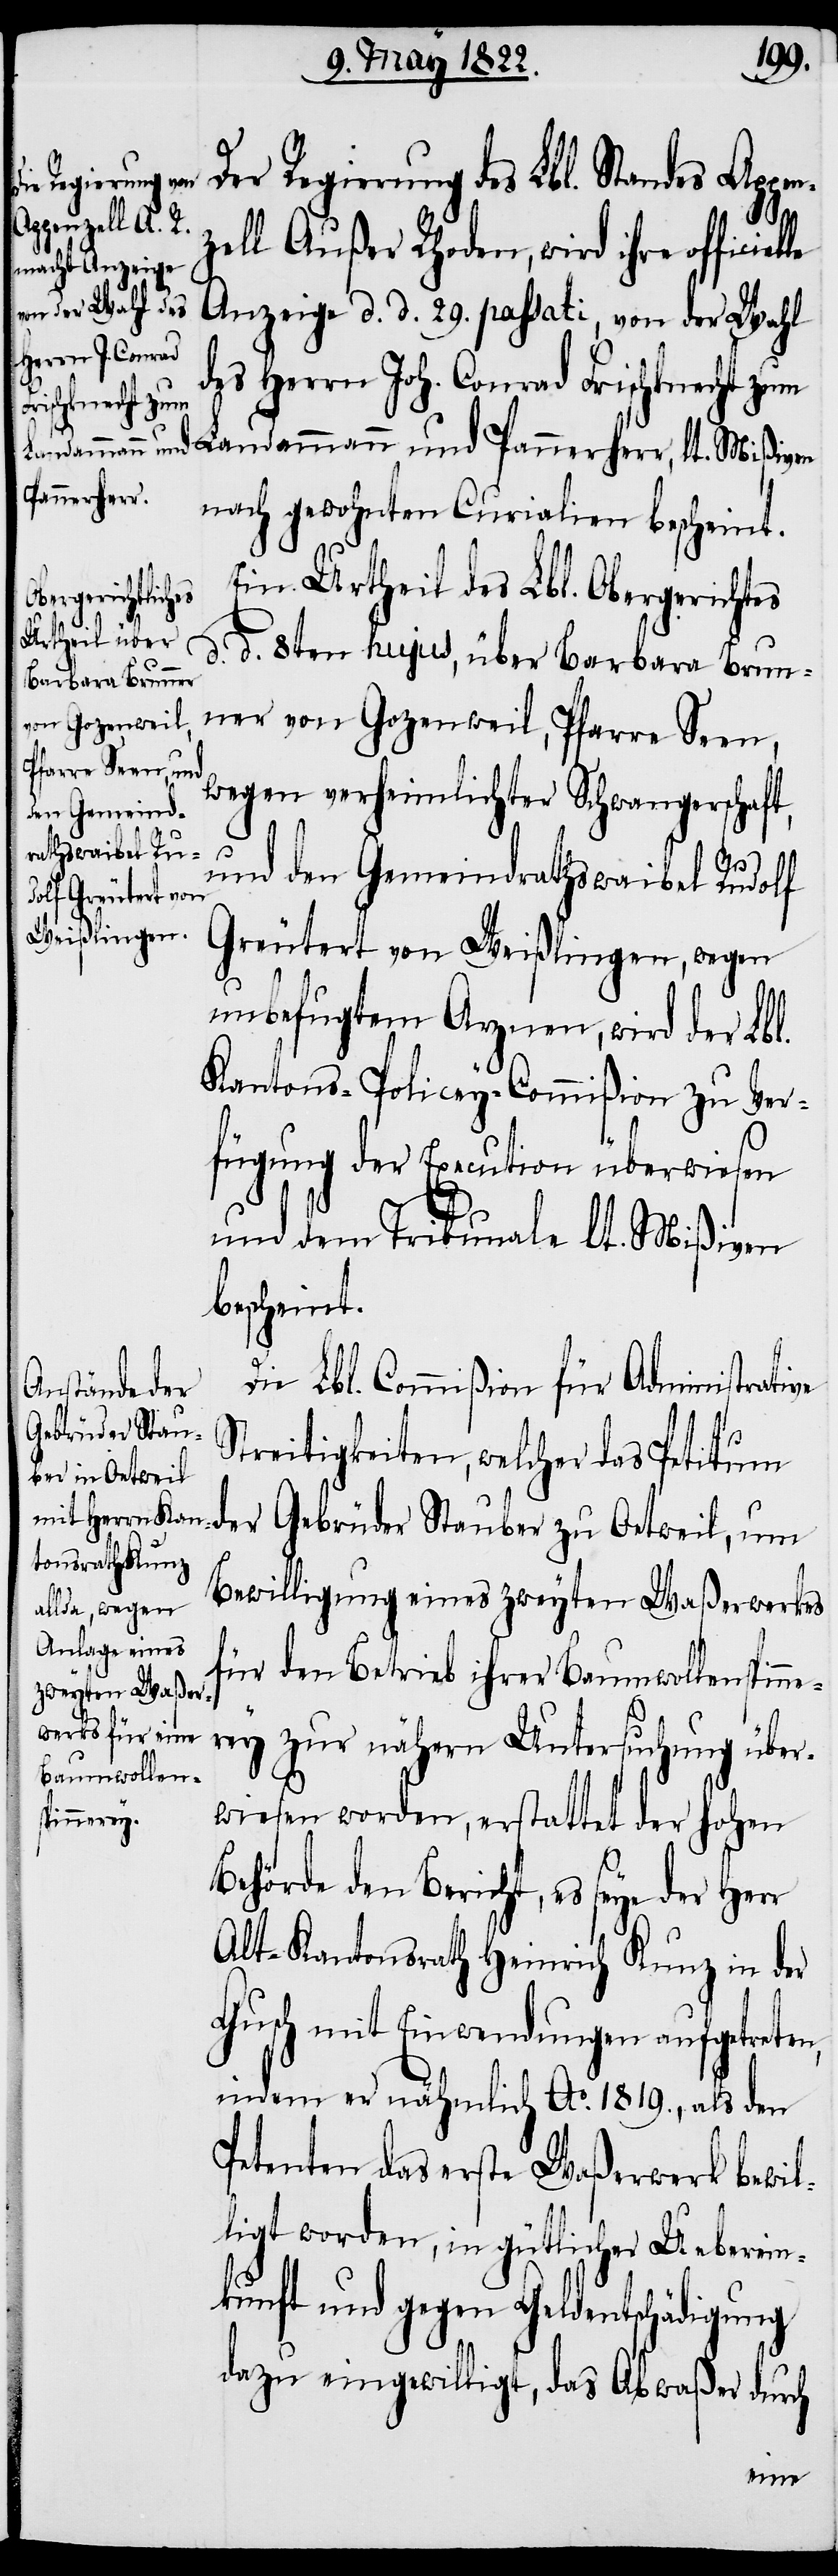
Der Regierung des Lbl. Standes Appe¬
zell Außer Rhoden, wird ihre officie¬
Anzeige d. d. 29. passati, von der Wahl
des Herrn Joh. Conrad Frischknecht zum
Landammann und Pannerherr, lt. Mißiven
nach gewohnten Curialien bescheint.
Ein Urtheil des Lbl. Obergerichtes
d. d. 8ten hujus, über Barbara Brun¬
ner von Gozenweil, Pfarre Seen,
wegen verheimlichter Schwangerschaft,
ne¬
und den Gemeindrathswaibel Rudolf
Greutert von Weißlingen, wegen
unbefugtem Arznen, wird der Lbl.
Kantons-Policey-Commißion zu Ver¬
fügung der Execution überwiesen
und dem Tribunale lt. Mißiven
bescheint.
Die Lbl. Commißion für Administrative
Gebrüder Stau¬
Streitigkeiten, welcher das Petitum
ber zu Oetweil,
Bewilligung eines zweyten Waßerwerkes
für den Betrieb ihrer Baumwollenspin¬
rey zur nähern Untersuchung über¬
wiesen worden, erstattet der hohen
Behörde den Bericht, es seye der Herr
Alt-Kantonsrath Heinrich Kunz in der
Gusch mit Einwendungen aufgetreten,
indem er nähmlich Ao. 1819., als den
Petenten das erste Waßerwerk bewil¬
ligt worden, in gütlicher Ueberein¬
kunft und gegen Geldentschädigung
dazu eingewilligt, das Abwaßer durch